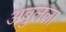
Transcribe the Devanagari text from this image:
अबुलला